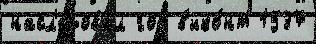
насл'е́довал год в'ико́нт 1537